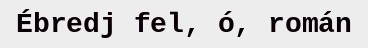
Ébredj fel, ó, román